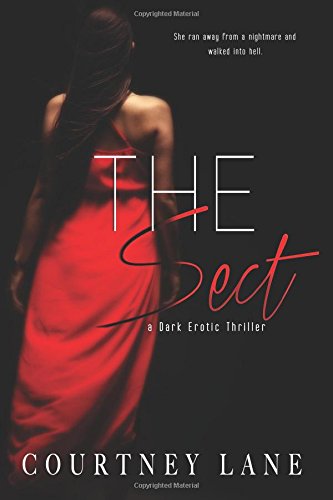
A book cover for The Sect; Courtney Lane; Romance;